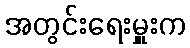
အတွင်းရေးမှူးက